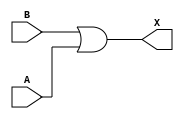
module sky130_fd_sc_ms__or2_1 (
    X,
    A,
    B
);
    output X;
    input  A;
    input  B;
    wire or0_out_X;
    or  or0  (or0_out_X, B, A           );
    buf buf0 (X        , or0_out_X      );
endmodule